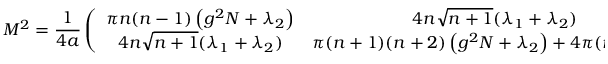
M ^ { 2 } = \frac { 1 } { 4 a } \left( \begin{array} { c c } { { \pi n ( n - 1 ) \left( g ^ { 2 } N + \lambda _ { 2 } \right) } } & { { 4 n \sqrt { n + 1 } ( \lambda _ { 1 } + \lambda _ { 2 } ) } } \\ { { 4 n \sqrt { n + 1 } ( \lambda _ { 1 } + \lambda _ { 2 } ) } } & { { \pi ( n + 1 ) ( n + 2 ) \left( g ^ { 2 } N + \lambda _ { 2 } \right) + 4 \pi ( n + 1 ) \lambda _ { 1 } } } \end{array} \right) + O ( \beta ) \; .